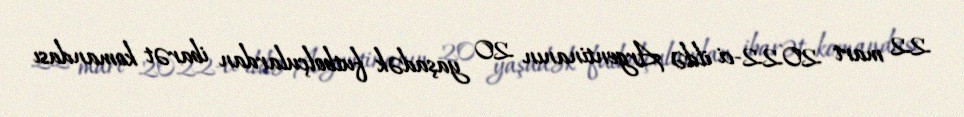
22 mart 2022-ci ildə Argentinanın 20 yaşadək futbolçulardan ibarət komandası